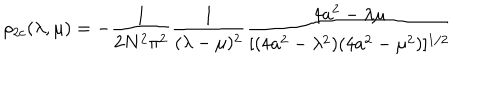
LaTeX: \rho _ { 2 c } ( \lambda , \mu ) = - { \frac { 1 } { 2 N ^ { 2 } \pi ^ { 2 } } } { \frac { 1 } { ( \lambda - \mu ) ^ { 2 } } } { \frac { 4 a ^ { 2 } - \lambda \mu } { [ ( 4 a ^ { 2 } - \lambda ^ { 2 } ) ( 4 a ^ { 2 } - \mu ^ { 2 } ) ] ^ { 1 / 2 } } }